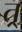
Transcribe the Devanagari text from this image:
त्र्